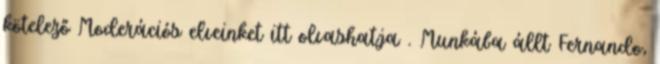
kötelező Moderációs elveinket itt olvashatja . Munkába állt Fernando,